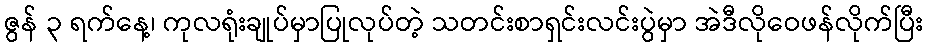
ဇွန် ၃ ရက်နေ့၊ ကုလရုံးချုပ်မှာပြုလုပ်တဲ့ သတင်းစာရှင်းလင်းပွဲမှာ အဲဒီလိုဝေဖန်လိုက်ပြီး